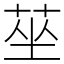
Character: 莝